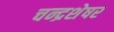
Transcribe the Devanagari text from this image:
चन्द्रशेषर